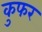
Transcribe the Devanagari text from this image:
कुफर